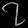
Digit: ၇